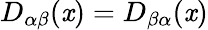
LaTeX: D_{\alpha\beta}(\mathit{x})=D_{\beta\alpha}(\mathit{x})